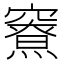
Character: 𰩜